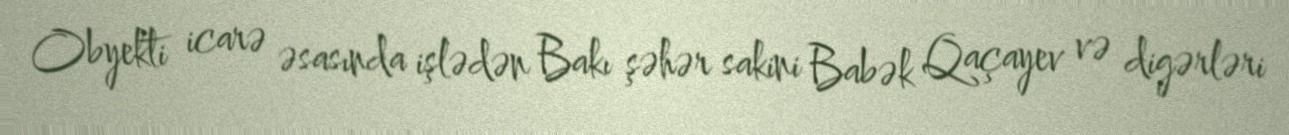
Obyekti icarə əsasında işlədən Bakı şəhər sakini Babək Qaçayev və digərləri